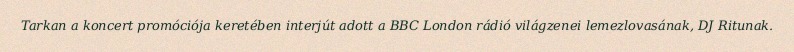
Tarkan a koncert promóciója keretében interjút adott a BBC London rádió világzenei lemezlovasának, DJ Ritunak.